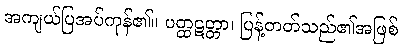
အကျယ်ပြအပ်ကုန်၏။ ပတ္ထဋတ္တာ၊ ပြန့်တတ်သည်၏အဖြစ်